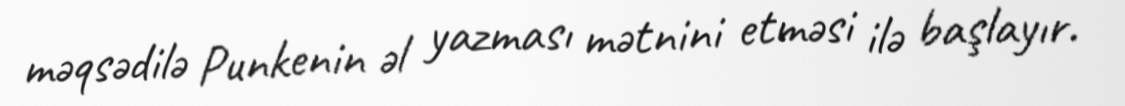
məqsədilə Punkenin əl yazması mətnini etməsi ilə başlayır.